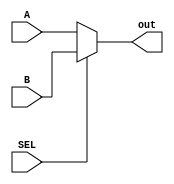
`timescale 1ns / 1ps
//////////////////////////////////////////////////////////////////////////////////
// Company: 
// Engineer: 
// 
// Design Name: 
// Module Name: mux_alu
// Project Name: 
// Target Devices: 
// Tool Versions: 
// Description: 
// 
// Dependencies: 
// 
// Revision:
// Revision 0.01 - File Created
// Additional Comments:
// 
//////////////////////////////////////////////////////////////////////////////////


module mux_alu(A,B,SEL,out);
input [31:0]A;
input [31:0]B;
input SEL;
output [31:0]out;
assign out=SEL?B:A;
endmodule